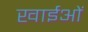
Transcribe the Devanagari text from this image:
खाईओं